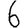
Digit: 6